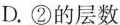
D.②的层数